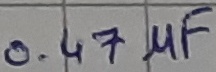
Text: 0.47µF